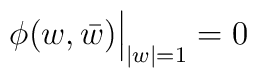
\phi(w,\bar w)\Bigr|_{|w|=1} = 0